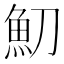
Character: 魛